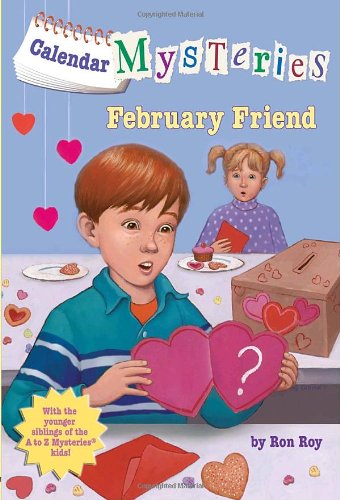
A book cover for Calendar Mysteries #2: February Friend (A Stepping Stone Book(TM)); Ron Roy; Children's Books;